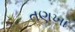
તણખા